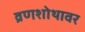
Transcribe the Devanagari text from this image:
व्रणशोथावर